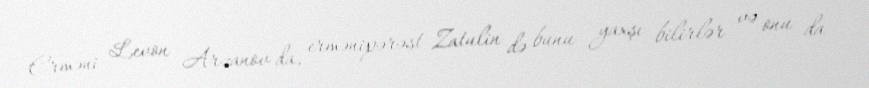
Erməni Levon Arzanov da, ermənipərəst Zatulin də bunu yaxşı bilirlər və onu da